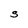
Character: S